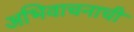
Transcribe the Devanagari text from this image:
अभिवाचनाची